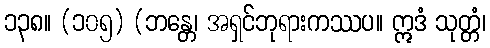
၁၃၈။ (၁၀၅) (ဘန္တေ၊ အရှင်ဘုရားကဿပ။ ဣဒံ သုတ္တံ၊